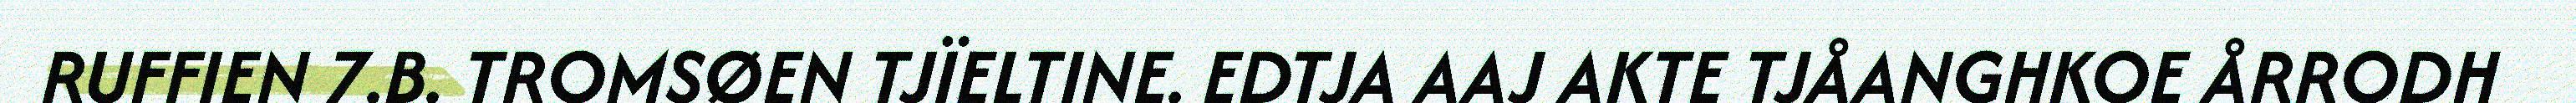
RUFFIEN 7.B. TROMSØEN TJÏELTINE. EDTJA AAJ AKTE TJÅANGHKOE ÅRRODH